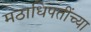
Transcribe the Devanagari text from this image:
मठाधिपतींच्या